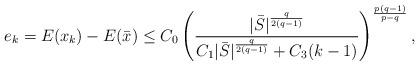
LaTeX: \begin{align*}e_k=E(x_k)-E(\bar x)\leq C_0\left (\frac{|\bar S|^{\frac{q}{2(q-1)}}}{C_1|\bar S|^{\frac{q}{2(q-1)}}+C_3(k-1)}\right )^{\frac{p(q-1)}{p-q}},\end{align*}